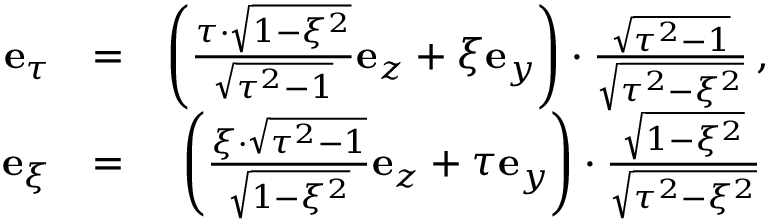
\begin{array} { r l r } { \mathbf { e } _ { \tau } } & { = } & { \left( \frac { \tau \cdot \sqrt { 1 - \xi ^ { 2 } } } { \sqrt { \tau ^ { 2 } - 1 } } \mathbf { e } _ { z } + \xi \mathbf { e } _ { y } \right) \cdot \frac { \sqrt { \tau ^ { 2 } - 1 } } { \sqrt { \tau ^ { 2 } - \xi ^ { 2 } } } \, , } \\ { \mathbf { e } _ { \xi } } & { = } & { \left( \frac { \xi \cdot \sqrt { \tau ^ { 2 } - 1 } } { \sqrt { 1 - \xi ^ { 2 } } } \mathbf { e } _ { z } + \tau \mathbf { e } _ { y } \right) \cdot \frac { \sqrt { 1 - \xi ^ { 2 } } } { \sqrt { \tau ^ { 2 } - \xi ^ { 2 } } } \, } \end{array}